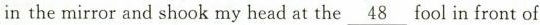
in the mirror and shook my head at the\underline{48}fool in front of